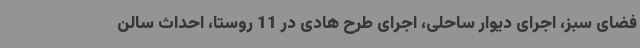
فضای سبز، اجرای دیوار ساحلی، اجرای طرح هادی در 11 روستا، احداث سالن